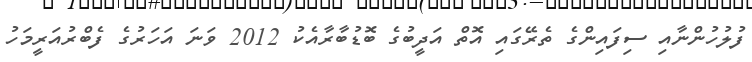
ފުލުހުންނާއި ސިފައިންގެ ތެރޭގައި އޮތް އަދީބުގެ ބޮޑުބާރާއެކު 2012 ވަނަ އަހަރުގެ ފެބްރުއަރީމަހު